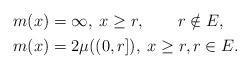
LaTeX: \begin{align*}\begin{aligned}&m(x)=\infty, \; x\geq r, \qquad r\notin E, \\&m(x)=2\mu((0,r]), \; x\geq r, r\in E. \end{aligned}\end{align*}